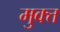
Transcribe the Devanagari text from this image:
मुक्त्त